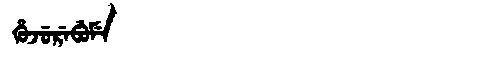
Manchu: ᡥᡠᠵᡠᡵᡝᠪᡠᠮᡝ
Romanization: HUJUREBUME